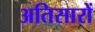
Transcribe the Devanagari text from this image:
अतिसारों